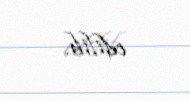
edilib.